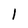
Character: l